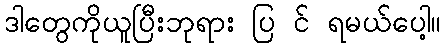
ဒါတွေကိုယူပြီးဘုရား ပြ င် ရမယ်ပေါ့။